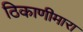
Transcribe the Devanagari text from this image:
ठिकाणीमारा